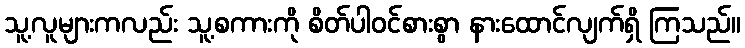
သူ့လူများကလည်း သူ့စကားကို စိတ်ပါဝင်စားစွာ နားထောင်လျက်ရှိ ကြသည်။